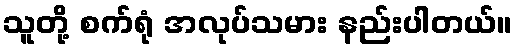
သူတို့ စက်ရုံ အလုပ်သမား နည်းပါတယ်။